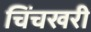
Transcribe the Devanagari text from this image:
चिंचखरी